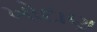
ખોદાણ